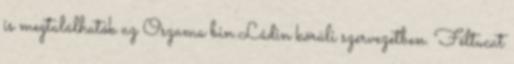
is megtalálhatók az Oszama bin Ládin körüli szervezetben. Féltucat